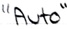
Text: "Auto"